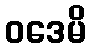
ဝဒေမိ